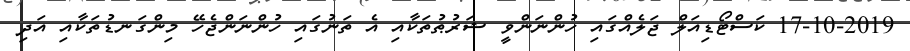
17-10-2019 ކަސްޓޯޑިއަލް ޖަލެއްގައި ހުންނަންވީ ޝަރުޠުތަކާއި އެ ތަނުގައި ހުންނަންޖެހޭ މިންގަނޑުތަކާއި އަދި